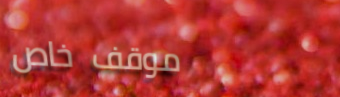
موقف خاص